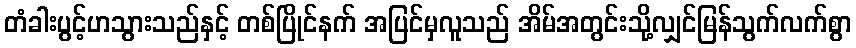
တံခါးပွင့်ဟသွားသည်နှင့် တစ်ပြိုင်နက် အပြင်မှလူသည် အိမ်အတွင်းသို့လျှင်မြန်သွက်လက်စွာ